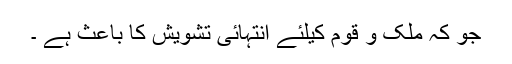
جو کہ ملک و قوم کیلئے انتہائی تشویش کا باعث ہے ۔